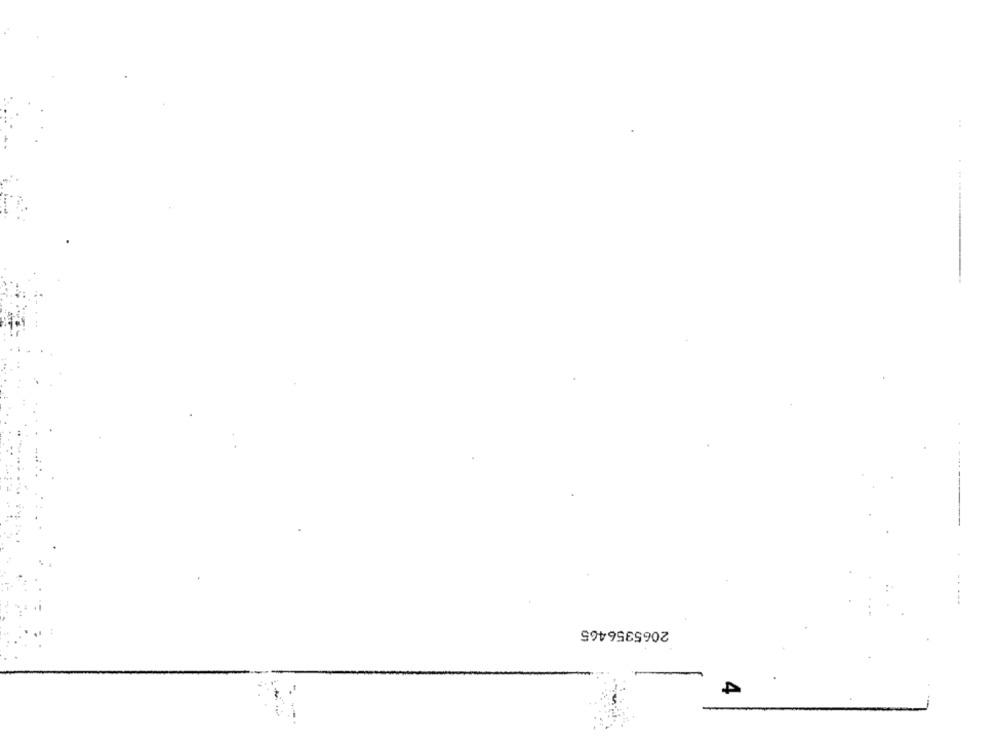
2065356465